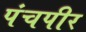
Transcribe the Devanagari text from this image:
पंचपीर